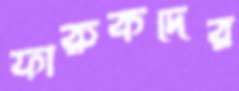
ফারুকদের